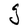
Character: g